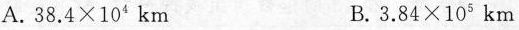
A.$$3 8 . 4 × 1 0 ^ { 4 } k m$$ B.$$3 . 8 4 × 1 0 ^ { 5 } k m$$